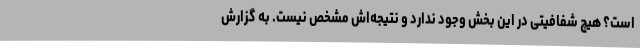
است؟ هیچ شفافیتی در این بخش وجود ندارد و نتیجه‌اش مشخص نیست. به گزارش